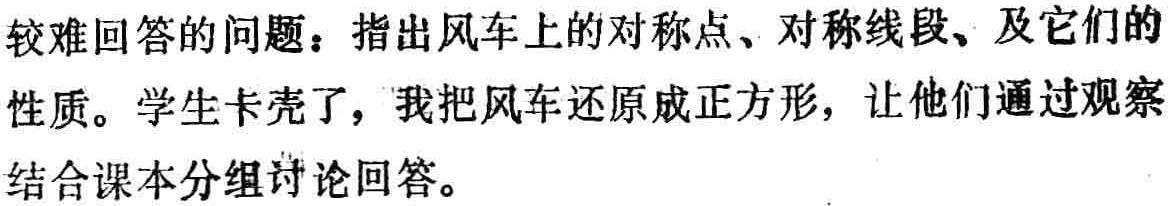
较难回答的问题：指出风车上的对称点、对称线段、及它们的
性质。学生卡壳了，我把风车还原成正方形，让他们通过观察
结合课本分组讨论回答。